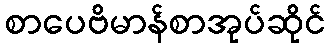
စာပေဗိမာန်စာအုပ်ဆိုင်